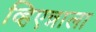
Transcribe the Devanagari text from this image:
व्हिएन्नाला